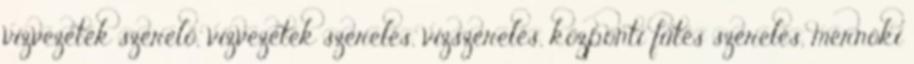
vízvezeték szerelő, vízvezeték szerelés, vízszerelés, központi fűtés szerelés, mérnöki